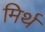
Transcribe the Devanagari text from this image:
मिर्थ